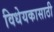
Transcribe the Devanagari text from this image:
विधेयकासाठी